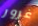
غرور